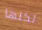
لكنها